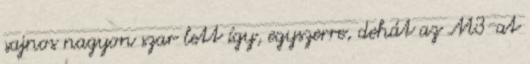
sajnos nagyon szar lett így, egyszerre, dehát az M3-at